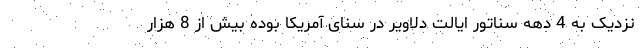
نزدیک به 4 دهه سناتور ایالت دلاویر در سنای آمریکا بوده بیش از 8 هزار